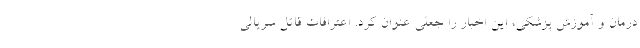
درمان و آموزش پزشکی، این اخبار را جعلی عنوان کرد. اعترافات قاتل سریالی